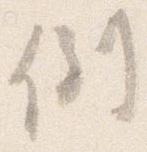
倒